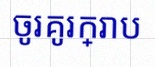
ចូរគូរក្រាប